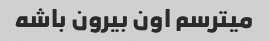
میترسم اون بیرون باشه